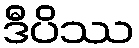
ဒီပိဿ